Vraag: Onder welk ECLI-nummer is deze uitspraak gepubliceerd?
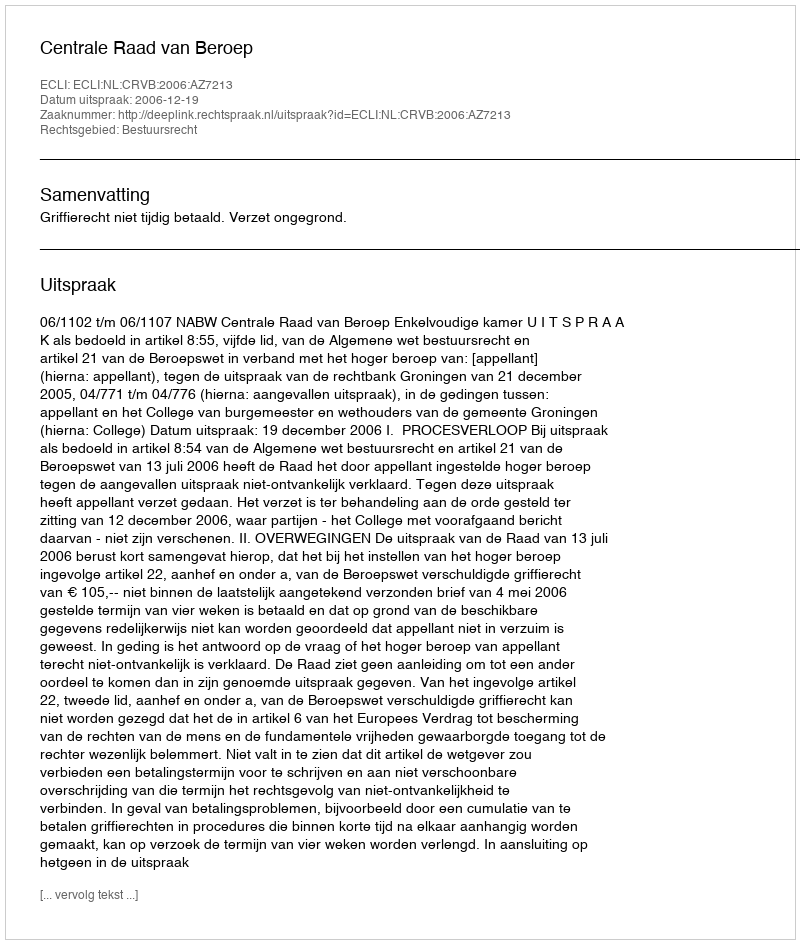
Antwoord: ECLI:NL:CRVB:2006:AZ7213